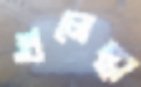
গুলেস্তা